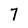
Character: 7